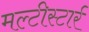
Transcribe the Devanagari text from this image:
मल्टीस्टार्र